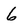
Character: 6